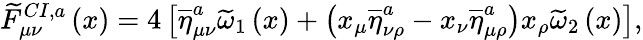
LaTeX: \widetilde{F}_{\mu\nu}^{CI,a}\left(x\right)=4\left[\overline{{{\eta}}}_{\mu\nu}^{a}\widetilde{\omega}_{1}\left(x\right)+\left(x_{\mu}\overline{{{\eta}}}_{\nu\rho}^{a}-x_{\nu}\overline{{{\eta}}}_{\mu\rho}^{a}\right)x_{\rho}\widetilde{\omega}_{2}\left(x\right)\right],